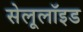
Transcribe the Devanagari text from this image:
सेलूलॉइड